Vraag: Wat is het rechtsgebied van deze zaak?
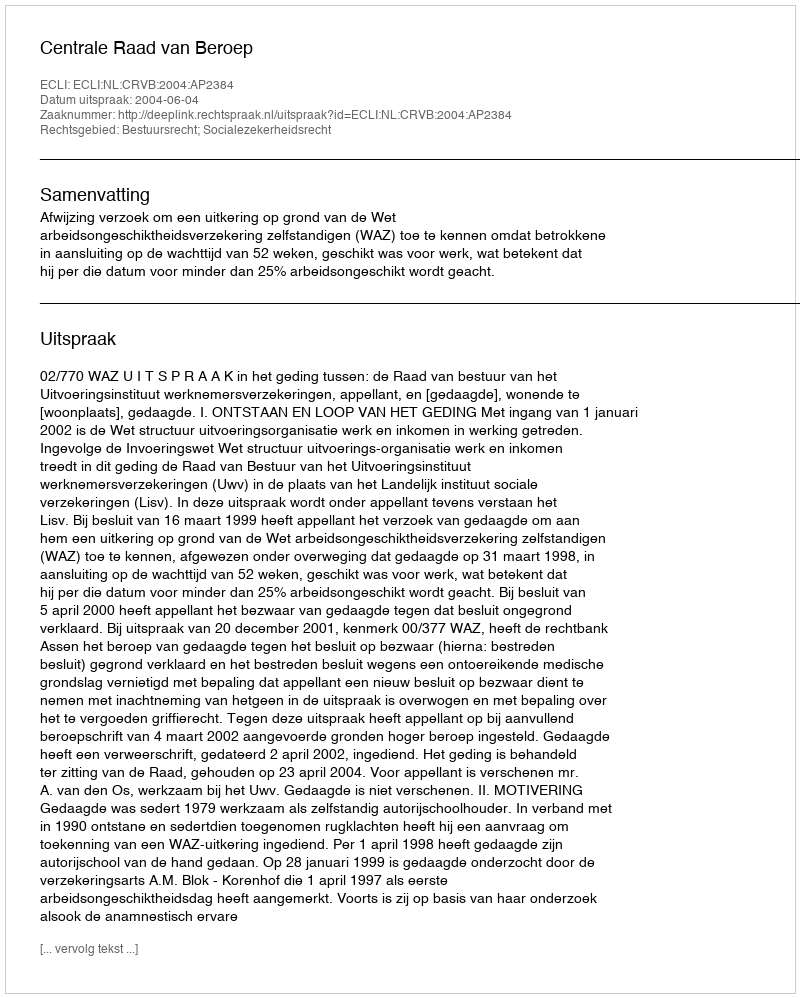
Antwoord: Bestuursrecht; Socialezekerheidsrecht